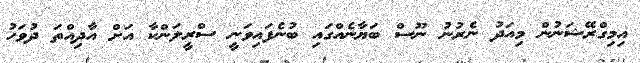
އިމިގްރޭޝަނުން މިއަދު ނެރުނު ނޫސް ބަޔާނެއްގައި ބުނެފައިވަނީ ސްރީލަންކާ އަށް އާދިއްތަ ދުވަހު